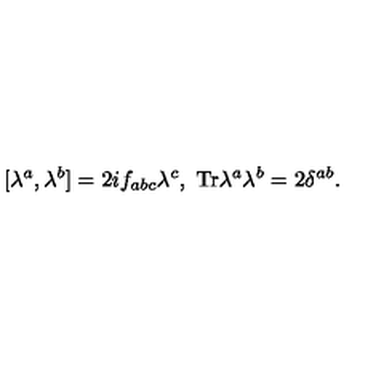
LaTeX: [ \lambda ^ { a } , \lambda ^ { b } ] = 2 i f _ { a b c } \lambda ^ { c } , \ \mathrm { T r } \lambda ^ { a } \lambda ^ { b } = 2 \delta ^ { a b } .